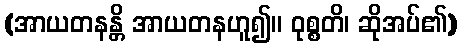
(အာယတနန္တိ အာယတနဟူ၍။ ဝုစ္စတိ၊ ဆိုအပ်၏)